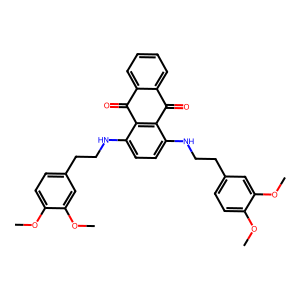
SMILES: COc1ccc(CCNc2ccc(NCCc3ccc(OC)c(OC)c3)c3c2C(=O)c2ccccc2C3=O)cc1OC
Inhibits HIV replication: No